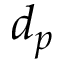
d _ { p }